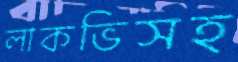
লাকভিসহ